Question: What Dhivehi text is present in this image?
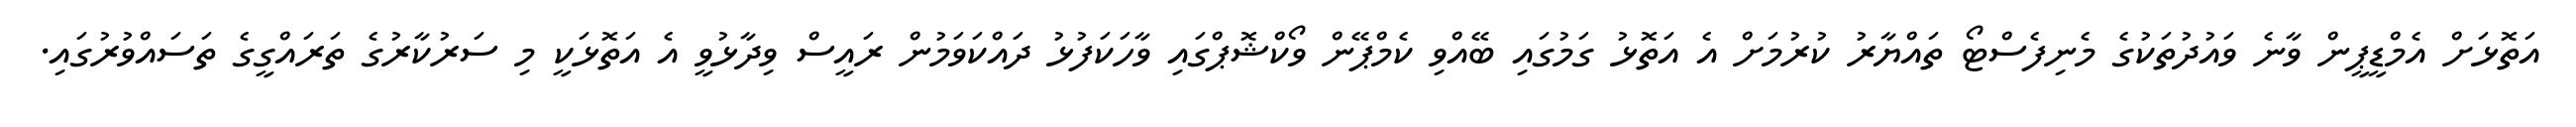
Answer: އަތޮޅަށް އެމްޑީޕީން ވާނެ ވައުދުތަކުގެ މެނިފެސްޓޯ ތައްޔާރު ކުރުމަށް އެ އަތޮޅު ގަމުގައި ބޭއްވި ކެމްޕޭން ވޯކްޝޮޕްގައި ވާހަކަފުޅު ދައްކަވަމުން ރައީސް ވިދާޅުވީ އެ އަތޮޅަކީ މި ސަރުކާރުގެ ތަރައްގީގެ ތަސައްވުރުގައި.